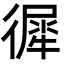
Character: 徲